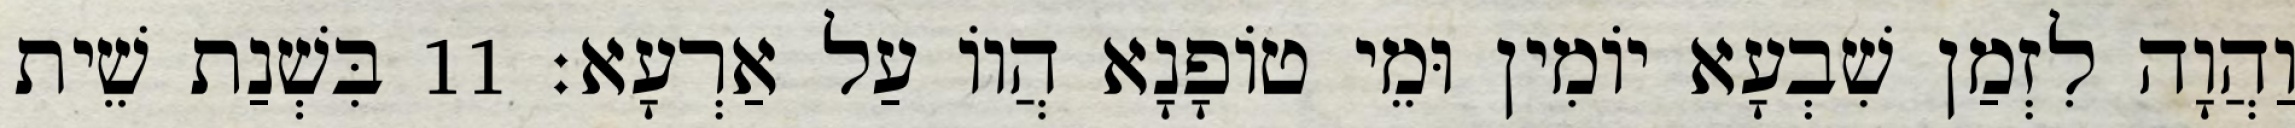
וַהֲוָה לִזְמַן שִׁבְעָא יוֹמִין וּמֵי טוֹפָנָא הֲווֹ עַל אַרְעָא׃ 11 בִּשְׁנַת שֵׁית